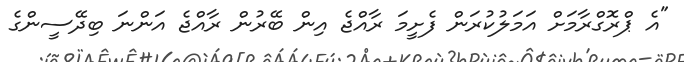
"އެ ޕްރޮގްރާމަށް އަމަލުކުރަން ފެށީމަ ރާއްޖެ އިން ބޭރުން ރާއްޖެ އަންނަ ބިދޭސީންގެ